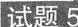
试题 5